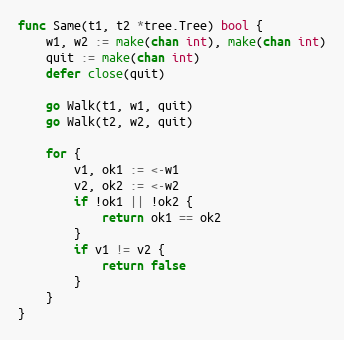
Language: Go
func Same(t1, t2 *tree.Tree) bool {
	w1, w2 := make(chan int), make(chan int)
	quit := make(chan int)
	defer close(quit)

	go Walk(t1, w1, quit)
	go Walk(t2, w2, quit)

	for {
		v1, ok1 := <-w1
		v2, ok2 := <-w2
		if !ok1 || !ok2 {
			return ok1 == ok2
		}
		if v1 != v2 {
			return false
		}
	}
}